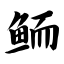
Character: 鲕